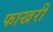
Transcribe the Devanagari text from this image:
फाखरी